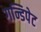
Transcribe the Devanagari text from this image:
गन्डिपेट